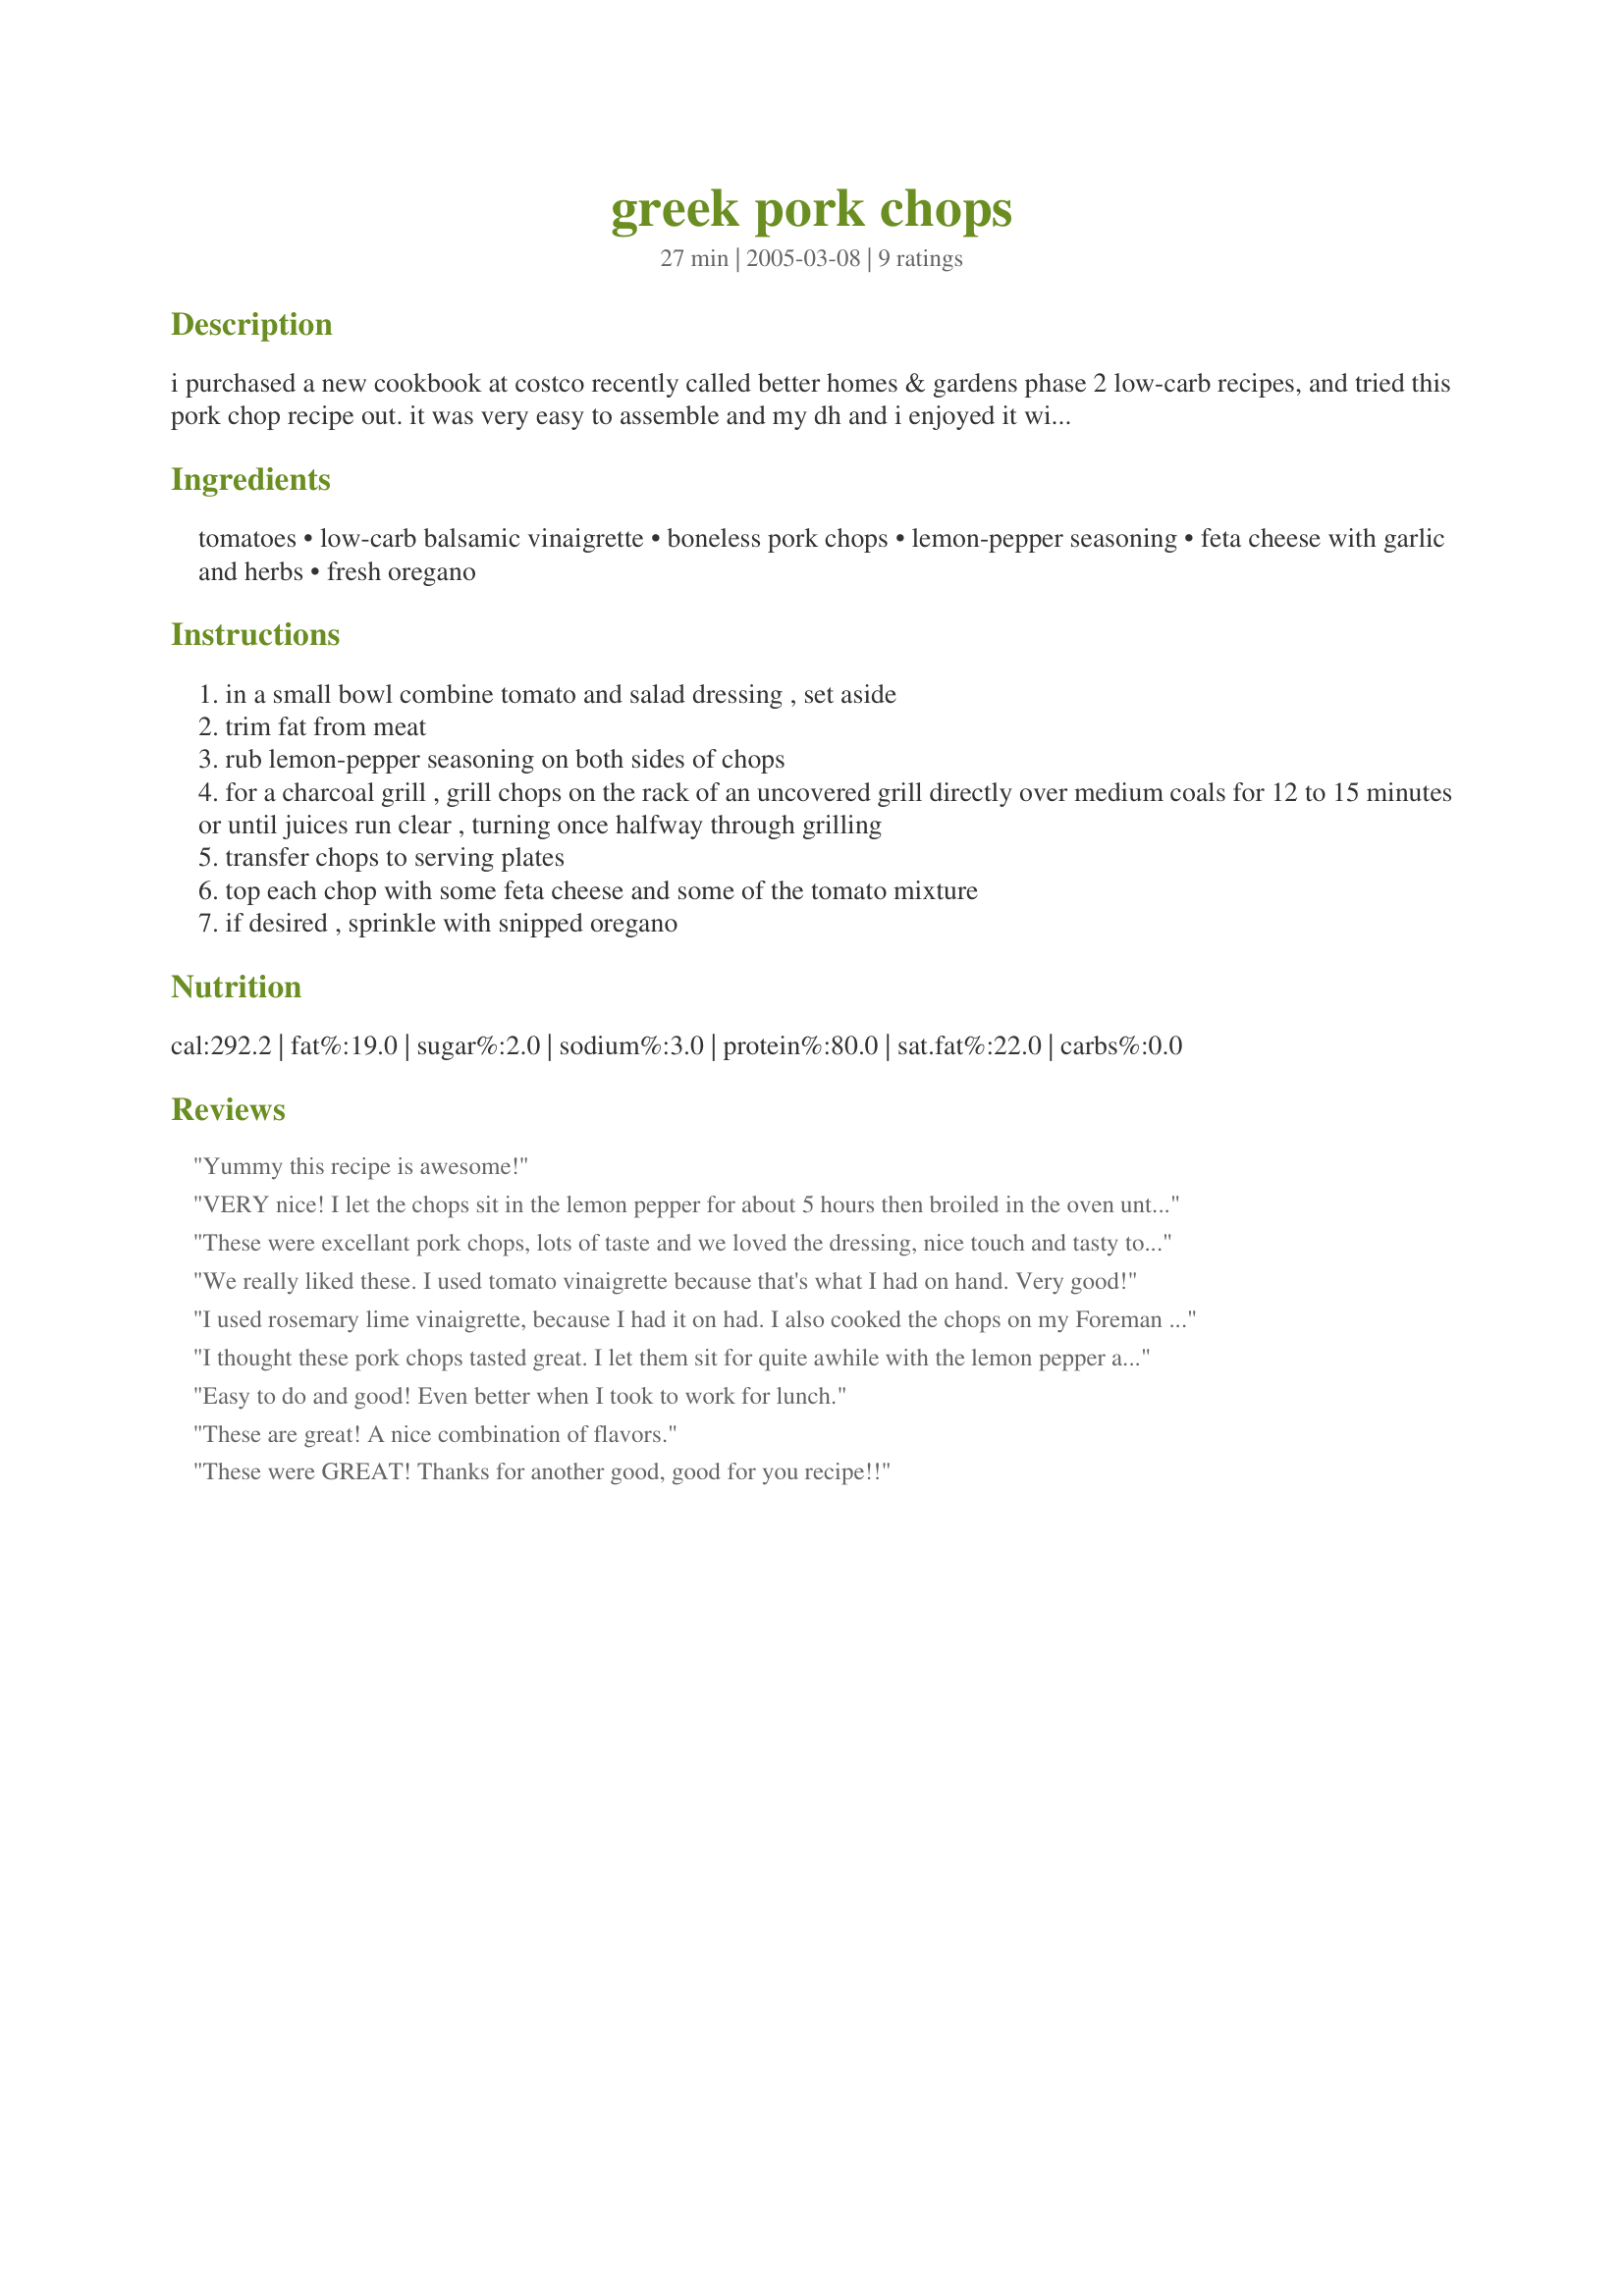
greek pork chops
Preparation time: 27 minutes

i purchased a new cookbook at costco recently called better homes & gardens phase 2 low-carb recipes, and tried this pork chop recipe out. it was very easy to assemble and my dh and i enjoyed it with roasted green beans and a salad. i used our george foreman although the recipe said to grill over medium coals. worked fine. hope you enjoy as much as we did.

Ingredients:
tomatoes, low-carb balsamic vinaigrette, boneless pork chops, lemon-pepper seasoning, feta cheese with garlic and herbs, fresh oregano

Steps:
in a small bowl combine tomato and salad dressing , set aside
trim fat from meat
rub lemon-pepper seasoning on both sides of chops
for a charcoal grill , grill chops on the rack of an uncovered grill directly over medium coals for 12 to 15 minutes or until juices run clear , turning once halfway through grilling
transfer chops to serving plates
top each chop with some feta cheese and some of the tomato mixture
if desired , sprinkle with snipped oregano

Reviews:
Yummy this recipe is awesome!
VERY nice! I let the chops sit in the lemon pepper for about 5 hours then broiled in the oven until the chops were nice and brown and crispy on the outside!&lt;br/&gt;Served with a big Greek salad....YUMMMM!
These were excellant pork chops, lots of taste and we loved the dressing, nice touch and tasty too! The lemon pepper was an interesting combination with the dressing. Thanks for sharing a good one we will do again.
We really liked these. I used tomato vinaigrette because that's what I had on hand. Very good!
I used rosemary lime vinaigrette, because I had it on had. I also cooked the chops on my Foreman Grill. The combination of flavors was very good.
I thought these pork chops tasted great. I let them sit for quite awhile with the lemon pepper and grilled them 10 minutes per side. At the time of this review it is 5-5-11 in Iowa, USA...tomatoes right now are not really our strong point - to say the least. I did buy a fresh tomato at the store, but I'm sure a fully sun ripened tomato would have tasted so much better. When I prepare this recipe again I might use canned diced tomatoes, they have to taste better than greenhouse/shipped from mexico tomatoes. OK, enough about that! The feta cheese was so lovely along with the vinaigrette. Thank you for posting!
Easy to do and good! Even better when I took to work for lunch.
These are great! A nice combination of flavors.
These were GREAT! Thanks for another good, good for you recipe!!
